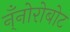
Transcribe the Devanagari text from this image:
न्ँनोरोबोट